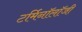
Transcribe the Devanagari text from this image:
टर्मिनाॅलाॅजी